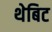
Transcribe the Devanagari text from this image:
थेबिट